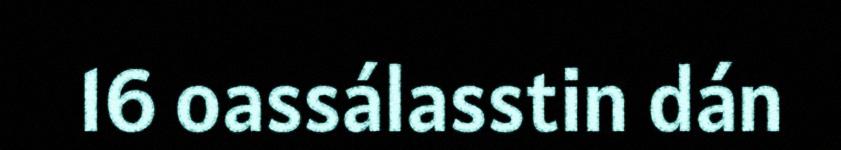
16 oassálasstin dán